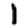
Digit: 1